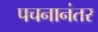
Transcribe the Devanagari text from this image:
पचनानंतर